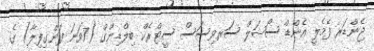
ޖެންޑަރ ފެމެލީ އެންޑް ސޯޝަލް ސަރވިސަސް ސީޓްރެކް ބިލްޑިންގް (7ވަނަ ފަންގިފިލާ) ގެ